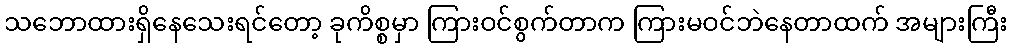
သဘောထားရှိနေသေးရင်တော့ ခုကိစ္စမှာ ကြားဝင်စွက်တာက ကြားမဝင်ဘဲနေတာထက် အများကြီး